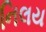
નિલય